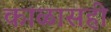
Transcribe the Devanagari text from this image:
काळासही